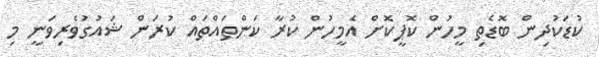
ކުޑަކުދިން ބޮޑެތި މީހުން ކޮޕީކޮށް އެމީހުން ކުރާ ކަންތައްތައް ކުރަން ޝައުގުވެރިވަނީ މި